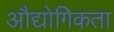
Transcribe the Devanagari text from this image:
औद्योगिकता